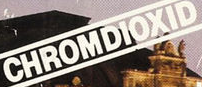
CHROMDIOXID